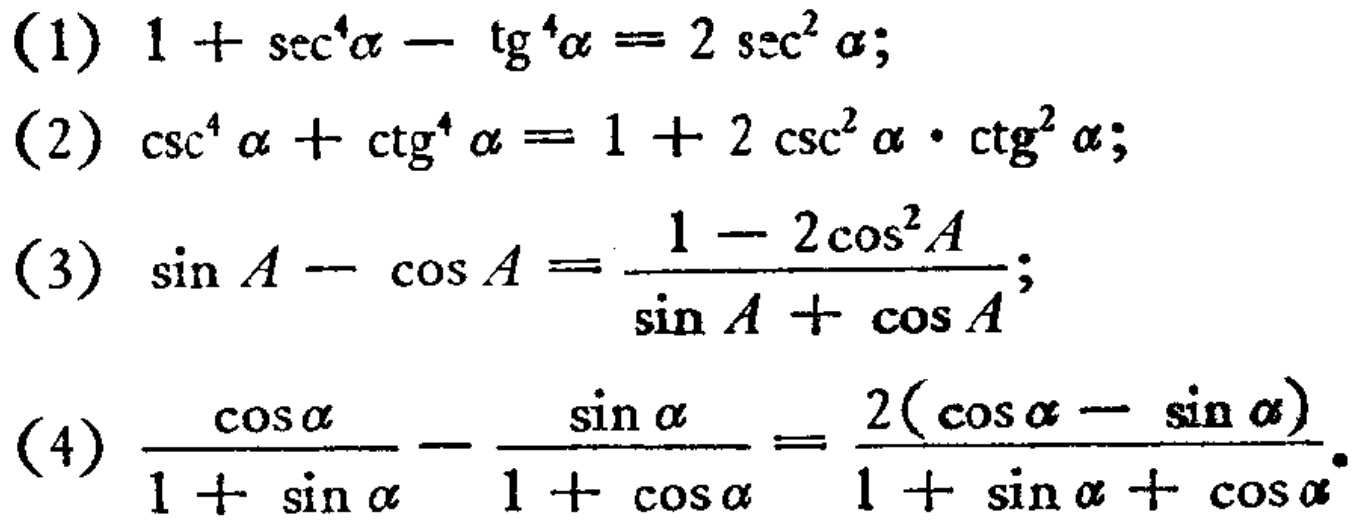
(1) \(1 + \sec^{4}\alpha-\tan^{4}\alpha = 2\sec^{2}\alpha\);
(2) \(\csc^{4}\alpha+\cot^{4}\alpha = 1 + 2\csc^{2}\alpha\cdot\cot^{2}\alpha\);
(3) \(\sin A-\cos A=\frac{1 - 2\cos^{2}A}{\sin A+\cos A}\);
(4) \(\frac{\cos\alpha}{1 + \sin\alpha}-\frac{\sin\alpha}{1 + \cos\alpha}=\frac{2(\cos\alpha-\sin\alpha)}{1+\sin\alpha+\cos\alpha}\)